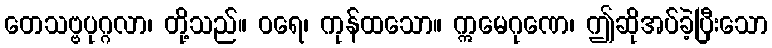
တေသဗ္ဗပုဂ္ဂလာ၊ တို့သည်။ ဝရေ၊ ကုန်ထသော။ ဣမေဂုဏေ၊ ဤဆိုအပ်ခဲ့ပြီးသော